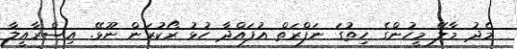
މެދު މާލޭ މީހުންގެ ހިތުގަ ނަފްރަތް އުފައްދާ ހުޅު ރޯކުރަން ނޫޅޭ. އިސްރާއީލާ